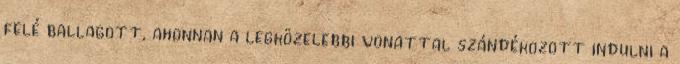
felé ballagott, ahonnan a legközelebbi vonattal szándékozott indulni a